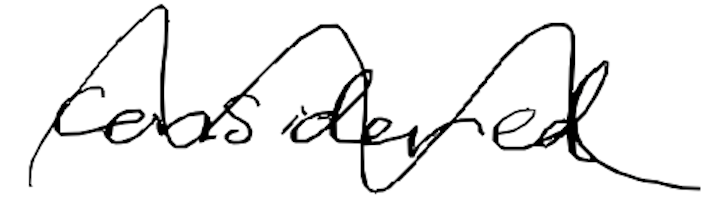
Text: considered
Cross-out: wave
Writing tool: digital_black